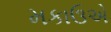
મકાઉએ